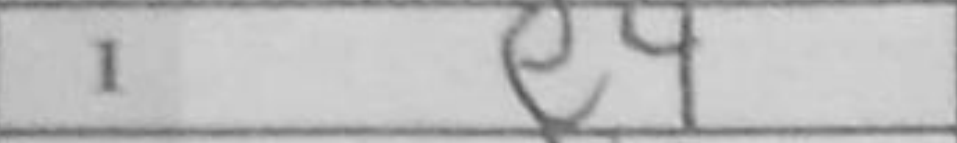
Transcription: e4